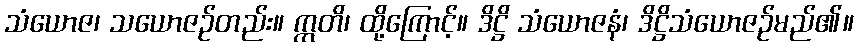
သံယောဇ၊ သယောဇဉ်တည်း။ ဣတိ၊ ထို့ကြောင့်။ ဒိဋ္ဌိ သံယောဇနံ၊ ဒိဋ္ဌိသံယောဇဉ်မည်၏။